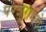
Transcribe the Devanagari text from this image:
परशुरामचे